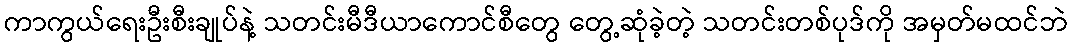
ကာကွယ်ရေးဦးစီးချုပ်နဲ့ သတင်းမီဒီယာကောင်စီတွေ တွေ့ဆုံခဲ့တဲ့ သတင်းတစ်ပုဒ်ကို အမှတ်မထင်ဘဲ